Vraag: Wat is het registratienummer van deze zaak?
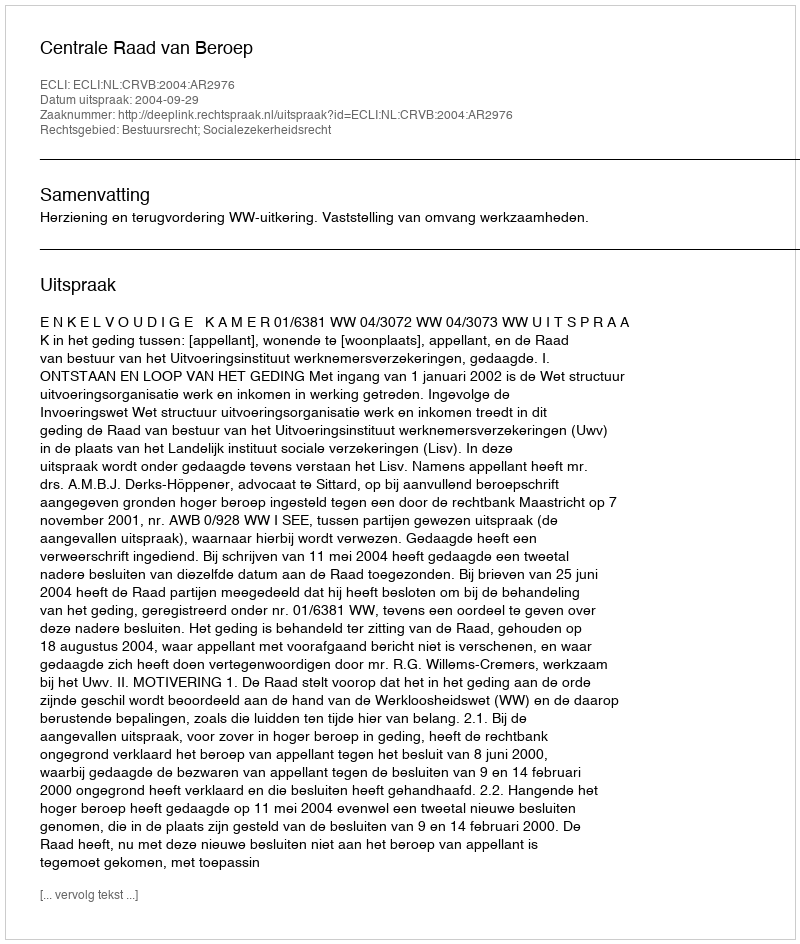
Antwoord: http://deeplink.rechtspraak.nl/uitspraak?id=ECLI:NL:CRVB:2004:AR2976